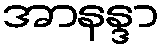
အာနန္ဒာ